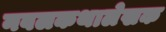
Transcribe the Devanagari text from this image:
नवलकथालेखक